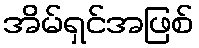
အိမ်ရှင်အဖြစ်